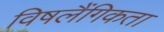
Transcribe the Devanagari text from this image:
विषलैंगिकता